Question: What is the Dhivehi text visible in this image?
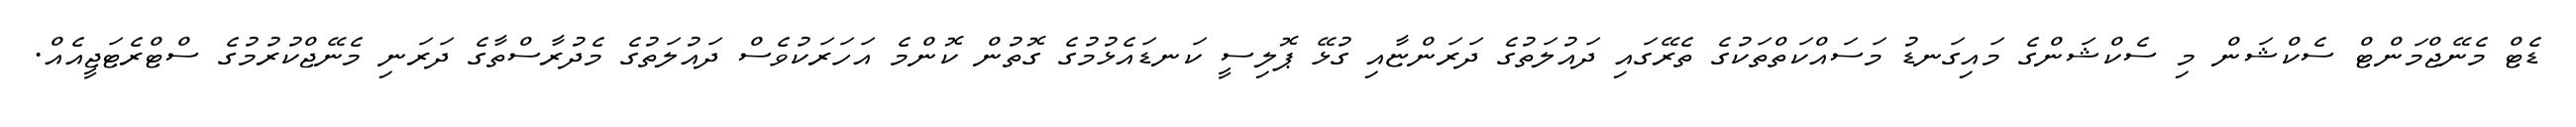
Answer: ޑެޓް މެނޭޖްމަންޓް ސެކްޝަން މި ސެކްޝަންގެ މައިގަނޑު މަސައްކަތްތަކުގެ ތެރޭގައި ދައުލަތުގެ ދަރަންޏާއި ގުޅޭ ޕޮލިސީ ކަނޑައެޅުމުގެ ގޮތުން ކޮންމެ އަހަރަކުވެސް ދައުލަތުގެ މެދުރާސްތާގެ ދަރަނި މެނޭޖްކުރުމުގެ ސްޓްރެޓަޖީއެއް.